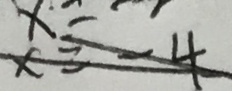
x = - 4